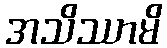
အသိဿာမိ